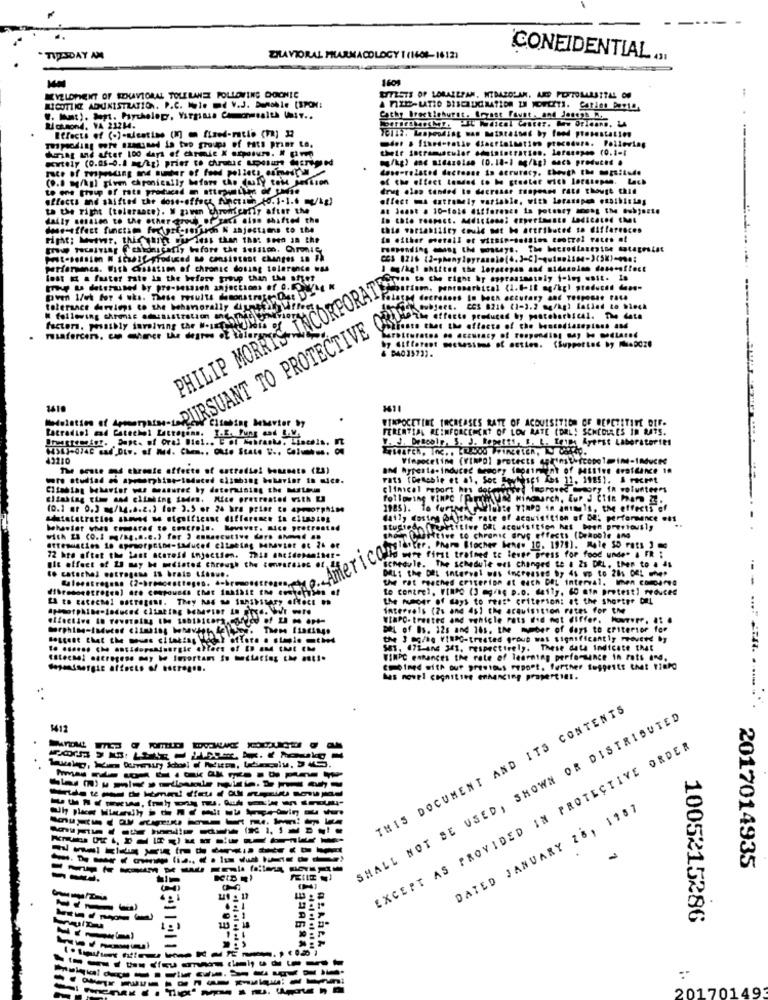
TUZSDAY AM
ZILAVIORAL PHARMACOLOGY I (1608-1612)
CONFIDENTIAL ...
1601
KVELDMENT OF KOLIVTORAL TOLERANES FOLLOWING DOONIC
LICOTIKZ ADUNISTZATION. P.C. Mole me V.J. Dumoble [SPOM:
Cathy Brectiehurst. @raat faust . and Jesens
Blousond, VA 23214.
their sopramuscular administration. lefaseges (0.1-1
mg/kg) and aisazelen (0.18-1 ag/kg) mach produced .
----
(9.0 mg/kg) give chronically before the duty toMe jerison
of the effect Landed to be stadter ich Lorusopen. Lach
to one thoup of rats produced m attrathis de Mie
drug olon tended to decrease Inpeans rats though chid
effects and shifted the dose-effect function (0.1-1.6 /kg)
affect ma extremely variable, with lecasapen essibining
to the right [tolerance). M gaven chir
Chromfenfly after the
at Joant . 10-fold difference is potency among the @wbjezte
daily season to the othergroup of reci also shifted the
de-effect finctam frepri-search N anjestams to the
this variability could not be attributed to differences
performanes. With chasation of chronic dosing tolerance was
Sont Et a faster rate in the before group than the after
Sirva to che right by eppraatmesiy foley enit. In
PHILIP MORRIS INCORPORATE
tolerance darvlogs to the behamorally dynafit Affres
10-SE subject. CCS 8216 (1-3.2 mg/kg) latied to block
W following chroic ausistration any
factors, possibly savoiving the Best 91919vor
The affecte produced by postebarbsel. The data
sidation of Armorpara-DITRSUANT TO PROTECTIVE
2418
3611
WIRPOCETINE TRCREASES RATE OF ACQUISITION OF REPETITIVE DIF.
Latradiol mad Catechol Lattegens. I.E. Pung and P.M.
FERENTIAL REINFORCEMENT OF LOW RATE (DRL! SCHEDIAES IN RATS.
W. J. Dencole, S. J. Bepetst, B. L. Tetes Ayerst Laboratories
The pente and threate affecte of catradie! boaesete (23)
Fats (Denable et al. Soc Jevhases kos 12, 1985). A recent
clinical report hes det-
ved improved @sory In volunteers
climbing tim and climbing ioden. Mice pretreated with [
following Winec (@meus
(0.1 mr 0.3 mg/kg.8.2.) for 3.5 or 24 bra prise co apmorphine
Teste VIRPD in animals, the effects of
daily dosies bijthe rate of acquisition of 02: performance ens
hehastot vs cared to controls. However. sice pretreated
stusted (Tertitive Off acquisition het been previously
ghosn Cheftive to chronic Grup effects (braoble and
72 hte oftot the last acoreld Injection. This ancidomaniter-
schedule. The schedule was changed te a 2s DEL, then to . 4L
td we first trafhed to lever press for food unde" & FR :
We effect of 23 may be diated chreuth the comparains et
to catochel estrogens Is brais Li .....
DALS the DEL interval was increased by 4s wp to 281 045 we
the rat reached criterion et euch DEL interval. When compared
to centre), WINPO (3 mg/ D.o. detty, 60 min pretest] reduced
the number of days to reas* criterion: at the Shoptre DEL
intervals (2s and 45) the acquisition rates for the
WIRPO- treated and vehicle rats #id not differ. Power. .. .
Bhi of Bs. 12s and 16s. the number of days to criterior for
SY oftere . style =the
the 3 mg/bg VinsG-treated group was significantly coverd by
3. 47t-ane 341, respectively. These date Indicate that
-----
EStechel estregese may be Iusortam So mondtacies the esti.
WINPC entonces the rate of learning performance in rats and.
CHOImed with auf prestous PrDoet. further tuggeits thet 178PO
has novel cognitive enhancing properties.
THIS DOCUMENT AND ITS CONTENTS
SHALL NOT BE USED, SHOWN OR DISTRIBUTED
1412
EXCEPT AS PROVIDED IN PROTECTIVE ORDER
DATED JANUARY 26, 1987
------------
--------- -----
-- -----------
-------------
2017014935
-----
1005215286
124
20170149